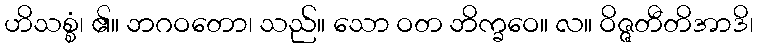
ဟိသစ္စံ၊ ၏။ ဘဂဝတော၊ သည်။ သော ဝတ ဘိက္ခဝေ။ လ။ ဝိဇ္ဇတီတိအာဒိ၊